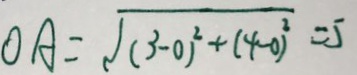
O A = \sqrt { ( 3 - 0 ) ^ { 2 } + ( 4 - 0 ) ^ { 2 } } = 5